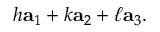
h \mathbf { a } _ { 1 } + k \mathbf { a } _ { 2 } + \ell \mathbf { a } _ { 3 } .